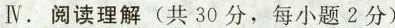
IV.阅读理解(共30分,每小题2分)